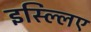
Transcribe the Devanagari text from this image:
इस्ल्लिए